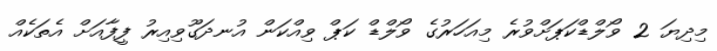
މިދިޔަ 2 ވޯލްޑްކަޕަށްވުރެ މިއަހަރުގެ ވޯލްޑް ކަޕް ވިއްކަން އުނދަގޫވިއިރު ފީފާއަށް އެތަކެއް